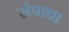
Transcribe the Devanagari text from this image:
संपाद्या